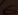
Text: 6